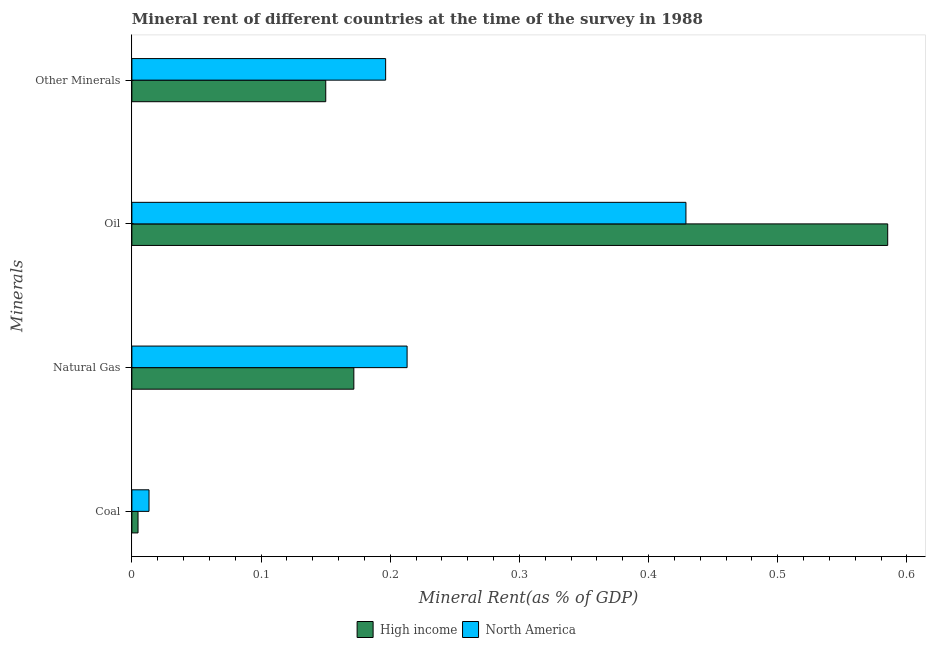
| Minerals | High income | North America |
 | --- | --- | --- |
 | Coal | 0.00477 | 0.0133 |
 | Natural Gas | 0.172 | 0.213 |
 | Oil | 0.585 | 0.429 |
 | Other Minerals | 0.15 | 0.196 |